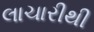
લાચારીથી